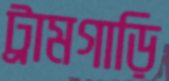
ট্রামগাড়ি